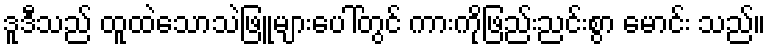
ဒူဒီသည် ထူထဲသောသဲဖြူများပေါ်တွင် ကားကိုဖြည်းညင်းစွာ မောင်း သည်။